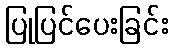
ပြုပြင်ပေးခြင်း